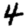
Digit: 4